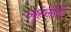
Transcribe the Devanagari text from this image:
व्यूहनीती